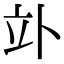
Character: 𥩖